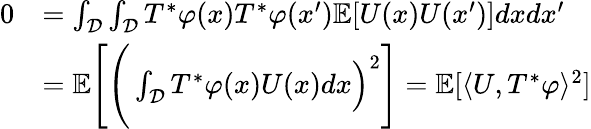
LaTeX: \begin{array}{rl}{0}&{=\int_{\mathcal{D}}\int_{\mathcal{D}}T^{*}\varphi(x)T^{*}\varphi(x^{\prime})\mathbb{E}[U(x)U(x^{\prime})]dxdx^{\prime}}\\ &{=\mathbb{E}\Bigg[\Bigg(\int_{\mathcal{D}}T^{*}\varphi(x)U(x)dx\Big)^{2}\Bigg]=\mathbb{E}[\langle U,T^{*}\varphi\rangle^{2}]}\end{array}